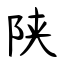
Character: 陕